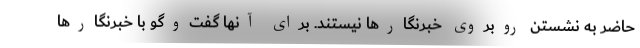
حاضر به نشستن روبروی خبرنگارها نیستند. برای آنها گفت‌وگو با خبرنگارها